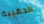
الحقيبة